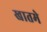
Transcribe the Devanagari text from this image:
खातमे